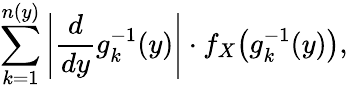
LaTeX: \sum_{k=1}^{n(y)}\left|{\frac{d}{dy}}g_{k}^{-1}(y)\right|\cdot f_{X}{\big(}g_{k}^{-1}(y){\big)},